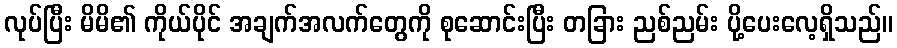
လုပ်ပြီး မိမိ၏ ကိုယ်ပိုင် အချက်အလက်တွေကို စုဆောင်းပြီး တခြား ညစ်ညမ်း ပို့ပေးလေ့ရှိသည်။